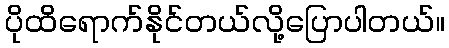
ပိုထိရောက်နိုင်တယ်လို့ပြောပါတယ်။